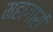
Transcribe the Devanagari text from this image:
महागारों